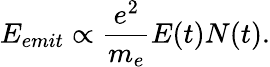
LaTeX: E_{emit}\propto\frac{e^{2}}{m_{e}}E(t)N(t).